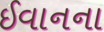
ઈવાનના